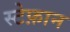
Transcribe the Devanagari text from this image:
स्टेफ़ान